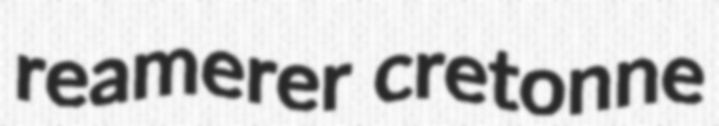
reamerer cretonne